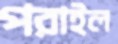
পরাইল